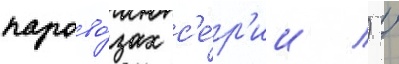
парово́зах с'е́р'ии л) /